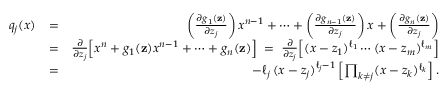
\begin{array} { r l r } { q _ { j } ( x ) } & { = } & { \left( \frac { \partial g _ { 1 } ( \mathbf { z } ) } { \partial z _ { j } } \right) x ^ { n - 1 } + \cdots + \left( \frac { \partial g _ { n - 1 } ( \mathbf { z } ) } { \partial z _ { j } } \right) x + \left( \frac { \partial g _ { n } ( \mathbf { z } ) } { \partial z _ { j } } \right) } \\ & { = } & { \frac { \partial } { \partial z _ { j } } \Big [ x ^ { n } + g _ { 1 } ( \mathbf { z } ) x ^ { n - 1 } + \cdots + g _ { n } ( \mathbf { z } ) \Big ] \; = \; \frac { \partial } { \partial z _ { j } } \Big [ ( x - z _ { 1 } ) ^ { \ell _ { 1 } } \cdots ( x - z _ { m } ) ^ { \ell _ { m } } \Big ] } \\ & { = } & { - \ell _ { j } \, ( x - z _ { j } ) ^ { \ell _ { j } - 1 } \left[ \prod _ { k \neq j } ( x - z _ { k } ) ^ { \ell _ { k } } \right] . } \end{array}